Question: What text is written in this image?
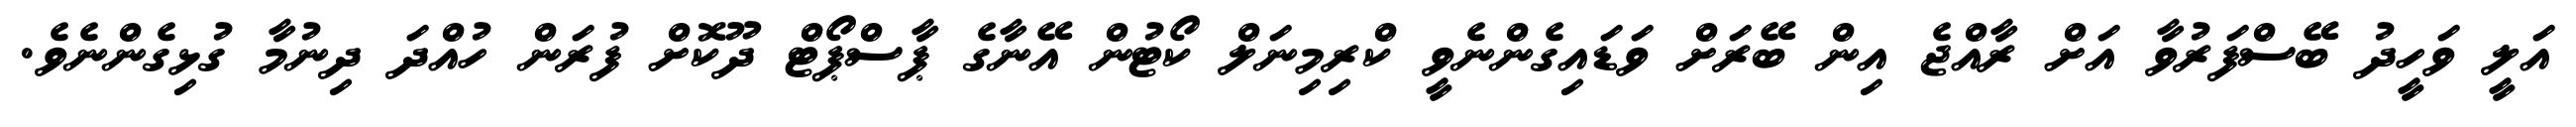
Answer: އަލީ ވަހީދު ބޭސްފަރުވާ އަށް ރާއްޖެ އިން ބޭރަށް ވަޑައިގެންނެވީ ކްރިމިނަލް ކޯޓުން އޭނާގެ ޕާސްޕޯޓް ދޫކޮށް ފުރަން ހުއްދަ ދިނުމާ ގުޅިގެންނެވެ.